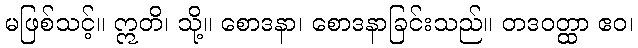
မဖြစ်သင့်။ ဣတိ၊ သို့။ စောဒနာ၊ စောဒနာခြင်းသည်။ တဒဝတ္ထာ ဧဝ၊